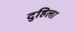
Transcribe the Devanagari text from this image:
दुहिला